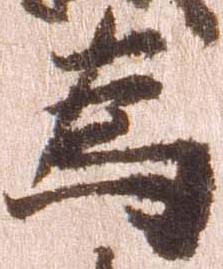
為